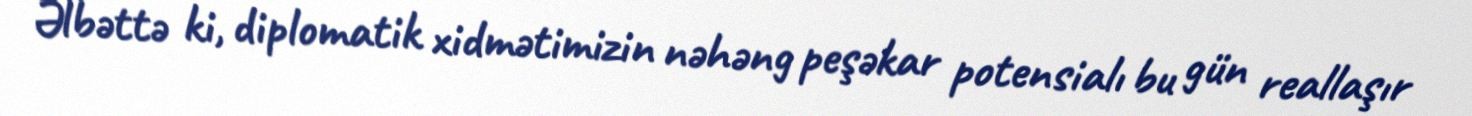
Əlbəttə ki, diplomatik xidmətimizin nəhəng peşəkar potensialı bu gün reallaşır